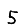
Digit: 5